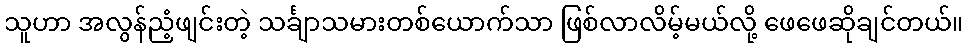
သူဟာ အလွန်ညံ့ဖျင်းတဲ့ သင်္ချာသမားတစ်ယောက်သာ ဖြစ်လာလိမ့်မယ်လို့ ဖေဖေဆိုချင်တယ်။